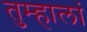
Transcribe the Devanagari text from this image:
तुम्हालां